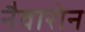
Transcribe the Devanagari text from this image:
नैवारोन